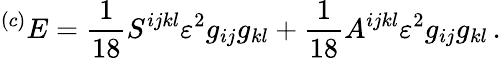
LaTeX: {}^{(c)}E=\frac 1{18}S^{ijkl}\varepsilon^{2}g_{ij}g_{kl}+\frac 1{18}A^{ijkl}\varepsilon^{2}g_{ij}g_{kl}\, .